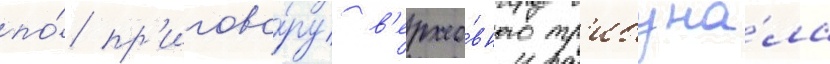
по́ пр'игово́ру в'ерхо́вного тр'ибуна́ла